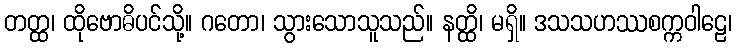
တတ္ထ၊ ထိုဗောဓိပင်သို့။ ဂတော၊ သွားသောသူသည်။ နတ္ထိ၊ မရှိ။ ဒသသဟဿစက္ကဝါဠေ၊